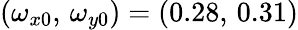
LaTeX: (\omega_{x0},\, \omega_{y0})=(0.28,\, 0.31)